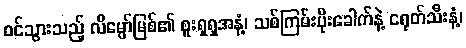
ဝင်သွားသည့် လိမ္မော်မြစ်၏ စူးရှရှအနံ့၊ သစ်ကြမ်းပိုးခေါက်နဲ့ ငရုတ်သီးနံ့၊